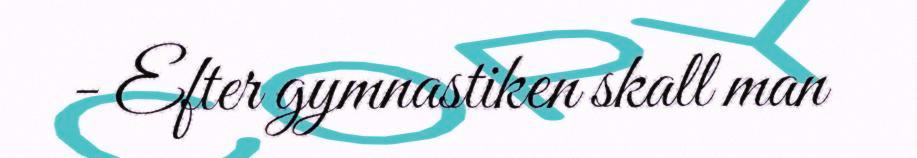
- Efter gymnastiken skall man